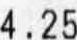
4.25